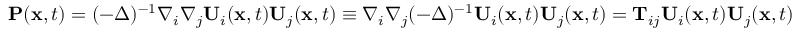
\begin{array} { r } { \mathbf { P } ( \mathbf { x } , t ) = ( - \Delta ) ^ { - 1 } \nabla _ { i } \nabla _ { j } \mathbf { U } _ { i } ( \mathbf { x } , t ) \mathbf { U } _ { j } ( \mathbf { x } , t ) \equiv \nabla _ { i } \nabla _ { j } ( - \Delta ) ^ { - 1 } \mathbf { U } _ { i } ( \mathbf { x } , t ) \mathbf { U } _ { j } ( \mathbf { x } , t ) = \mathbf { T } _ { i j } \mathbf { U } _ { i } ( \mathbf { x } , t ) \mathbf { U } _ { j } ( \mathbf { x } , t ) } \end{array}